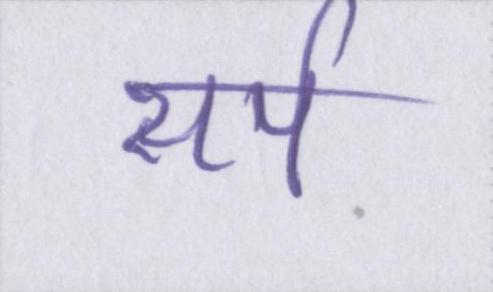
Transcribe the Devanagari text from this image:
सर्प